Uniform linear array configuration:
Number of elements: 12
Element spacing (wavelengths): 0.5
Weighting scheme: kaiser
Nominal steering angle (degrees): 45
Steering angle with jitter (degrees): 43.267
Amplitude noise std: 0.05
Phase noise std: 0.05

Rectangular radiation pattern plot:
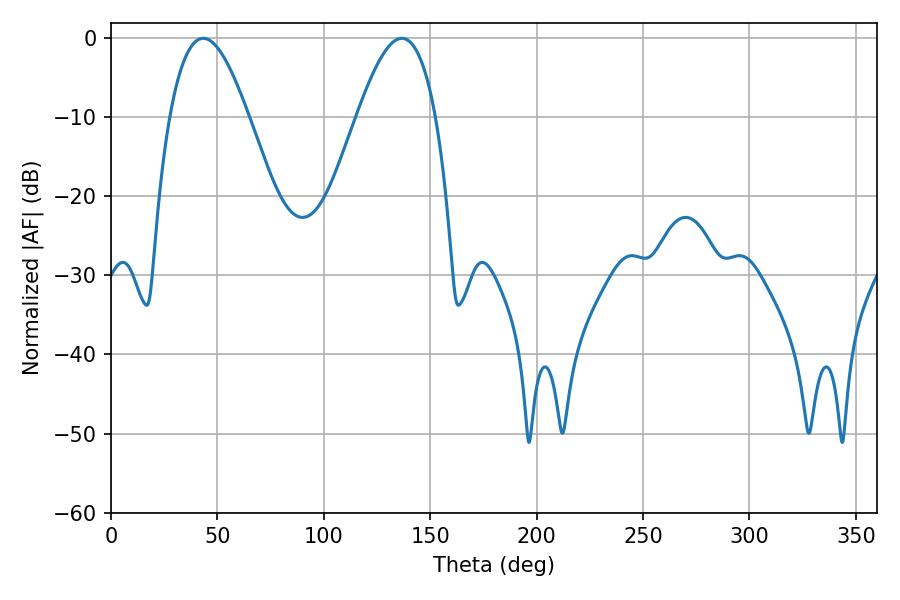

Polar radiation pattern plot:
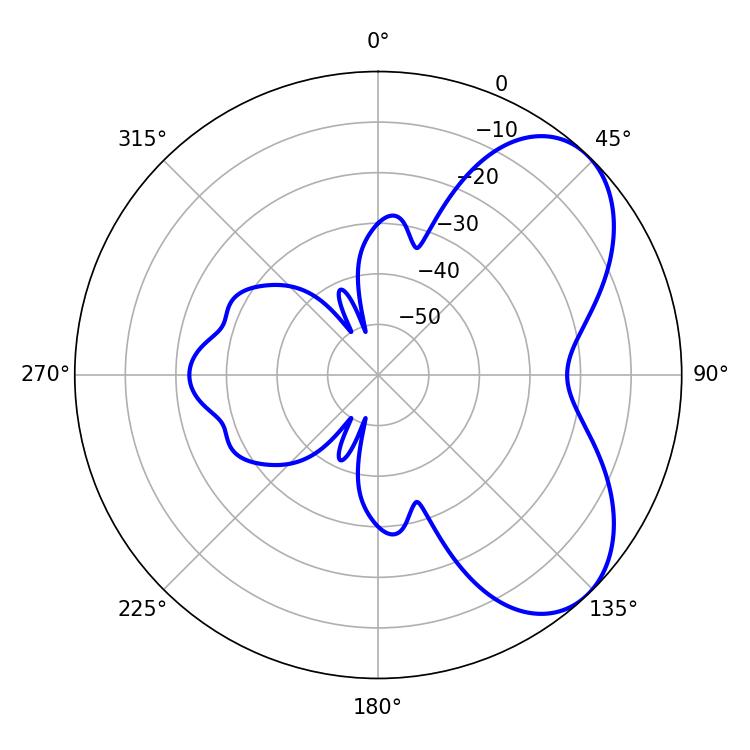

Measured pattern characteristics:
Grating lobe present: FALSE
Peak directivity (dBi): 5.741
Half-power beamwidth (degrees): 19.98
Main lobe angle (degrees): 43.38